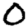
Digit: 0